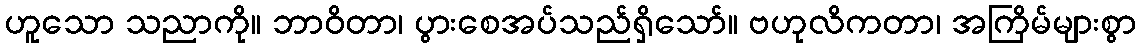
ဟူသော သညာကို။ ဘာဝိတာ၊ ပွားစေအပ်သည်ရှိသော်။ ဗဟုလိကတာ၊ အကြိမ်များစွာ